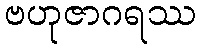
ဗဟုဇာဂရဿ